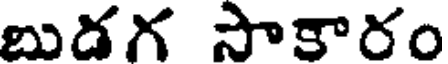
బుడగ సాకారం